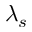
\lambda _ { s }